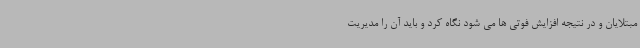
مبتلایان و در نتیجه افزایش فوتی ها می شود نگاه کرد و باید آن را مدیریت